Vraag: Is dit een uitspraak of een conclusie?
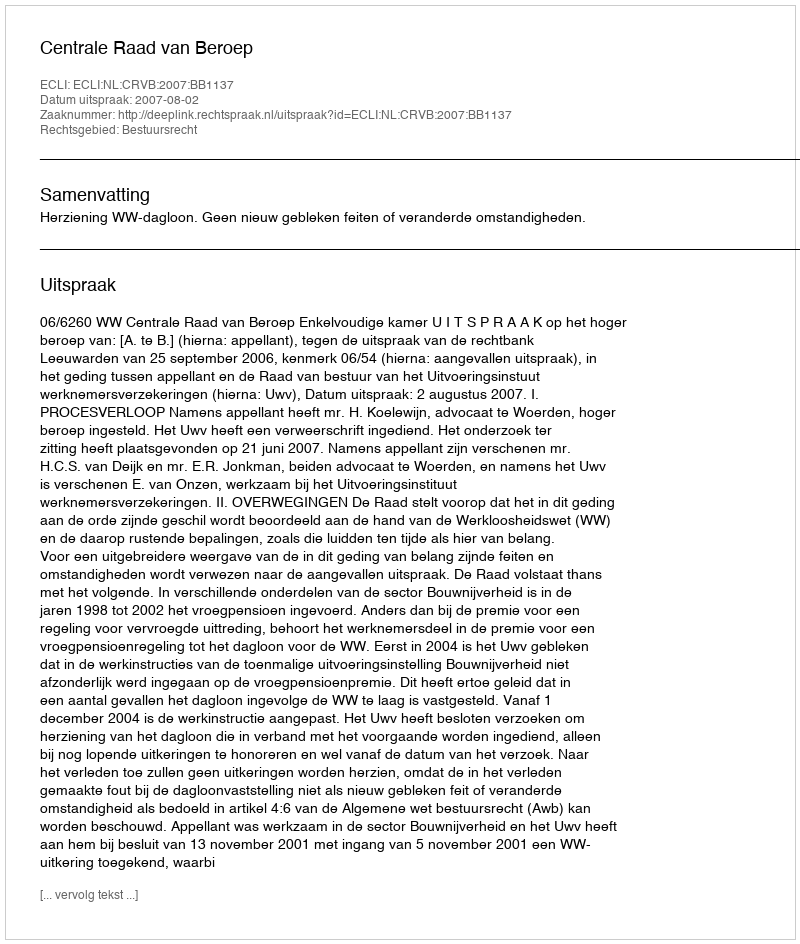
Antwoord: Uitspraak